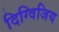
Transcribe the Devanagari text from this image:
दिग्विजिय